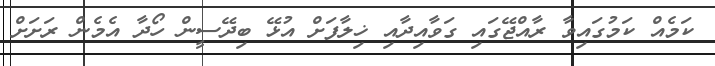
ކަމެއް ކަމުގައިވާ ރާއްޖޭގައި ގަވާއިދާއި ޚިލާފަށް އުޅޭ ބިދޭސީން ހޯދާ އެމެން ރަށަށް